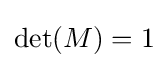
\operatorname {det} (M)=1